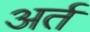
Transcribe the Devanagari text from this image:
अर्त